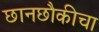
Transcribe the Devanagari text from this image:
छानछौकीचा